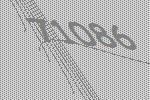
71086